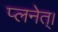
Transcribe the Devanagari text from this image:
प्लनेत्।